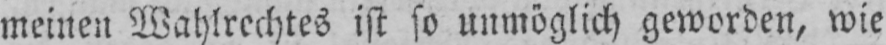
meinen Wahlrechtes ist so unmöglich geworden, wie